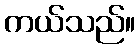
ကယ်သည်။